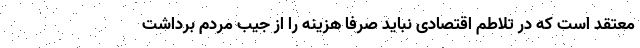
معتقد است که در تلاطم اقتصادی نباید صرفاً هزینه را از جیب مردم برداشت